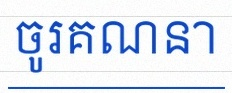
ចូរគណនា